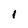
Character: I